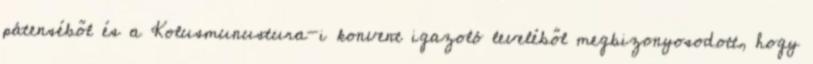
pátenséből és a Kolusmunustura-i konvent igazoló leveléből megbizonyosodott, hogy